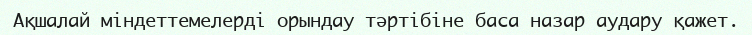
Ақшалай міндеттемелерді орындау тәртібіне баса назар аудару қажет.